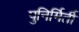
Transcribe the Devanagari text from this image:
पुनिर्मिर्ती